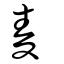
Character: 麥